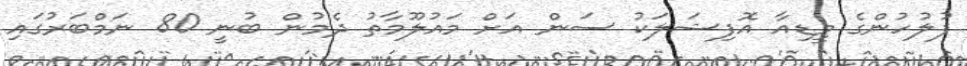
ފުލުހުންގެ މީޑިއާ އޮފިޝަލަކު ސަން އަށް މައުލޫމާތު ދެމުން ބުނީ 80 ނަމްބަރުގައި